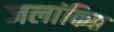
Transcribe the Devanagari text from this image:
जलांकित